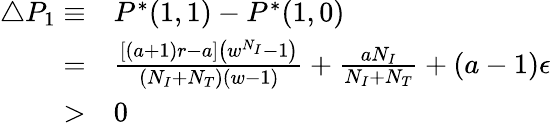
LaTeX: \begin{array}{rl}{\triangle P_{1}\equiv}&{{}P^{*}(1,1)-P^{*}(1,0)}\\ {=}&{{}\frac{[(a+1)r-a]\left(w^{N_{I}}-1\right)}{(N_{I}+N_{T})(w-1)}+\frac{aN_{I}}{N_{I}+N_{T}}+(a-1)\epsilon}\\ {>}&{{}0}\end{array}